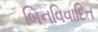
બિનવિવાદિત